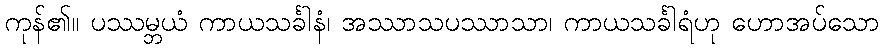
ကုန်၏။ ပဿမ္ဘယံ ကာယသင်္ခါနံ၊ အဿာသပဿာသာ၊ ကာယသင်္ခါရံဟု ဟောအပ်သော